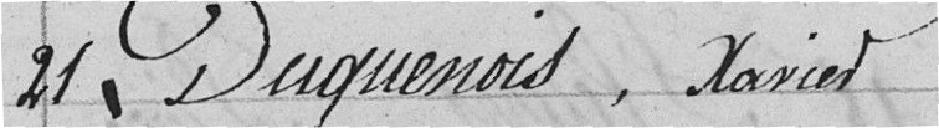
21 Duguenois, Xavier